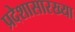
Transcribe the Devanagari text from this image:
प्रदेशासारख्या